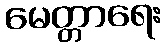
မေတ္တာရေး